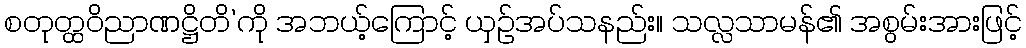
စတုတ္ထဝိညာဏဋ္ဌိတိ’ကို အဘယ့်ကြောင့် ယှဉ်အပ်သနည်း။ သလ္လသာမန်၏ အစွမ်းအားဖြင့်